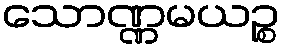
သောဏ္ဏမယဉ္စ